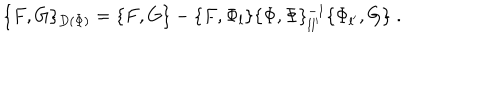
LaTeX: \{ F , G \} _ { D ( \Phi ) } = \{ F , G \} - \{ F , \Phi _ { l } \} \{ \Phi , \Phi \} _ { l l ^ { \prime } } ^ { - 1 } \{ \Phi _ { l ^ { \prime } } , G \} \; .